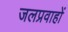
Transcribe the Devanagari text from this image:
जलप्रवाहों